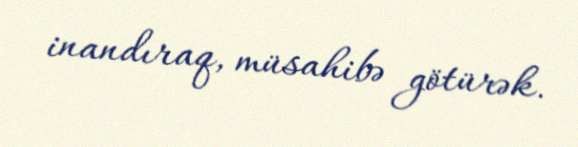
inandıraq, müsahibə götürək.